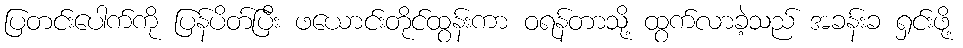
ပြတင်းပေါက်ကို ပြန်ပိတ်ပြီး ဖယောင်းတိုင်ထွန်းကာ ဝရန်တာသို့ ထွက်လာခဲ့သည် အခန်းခ ရှင်းဖို့